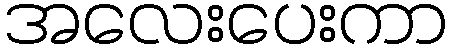
အလေးပေးကာ